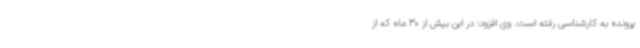
پرونده به کارشناسی رفته است. وی افزود: در این بیش از 30 ماه که از